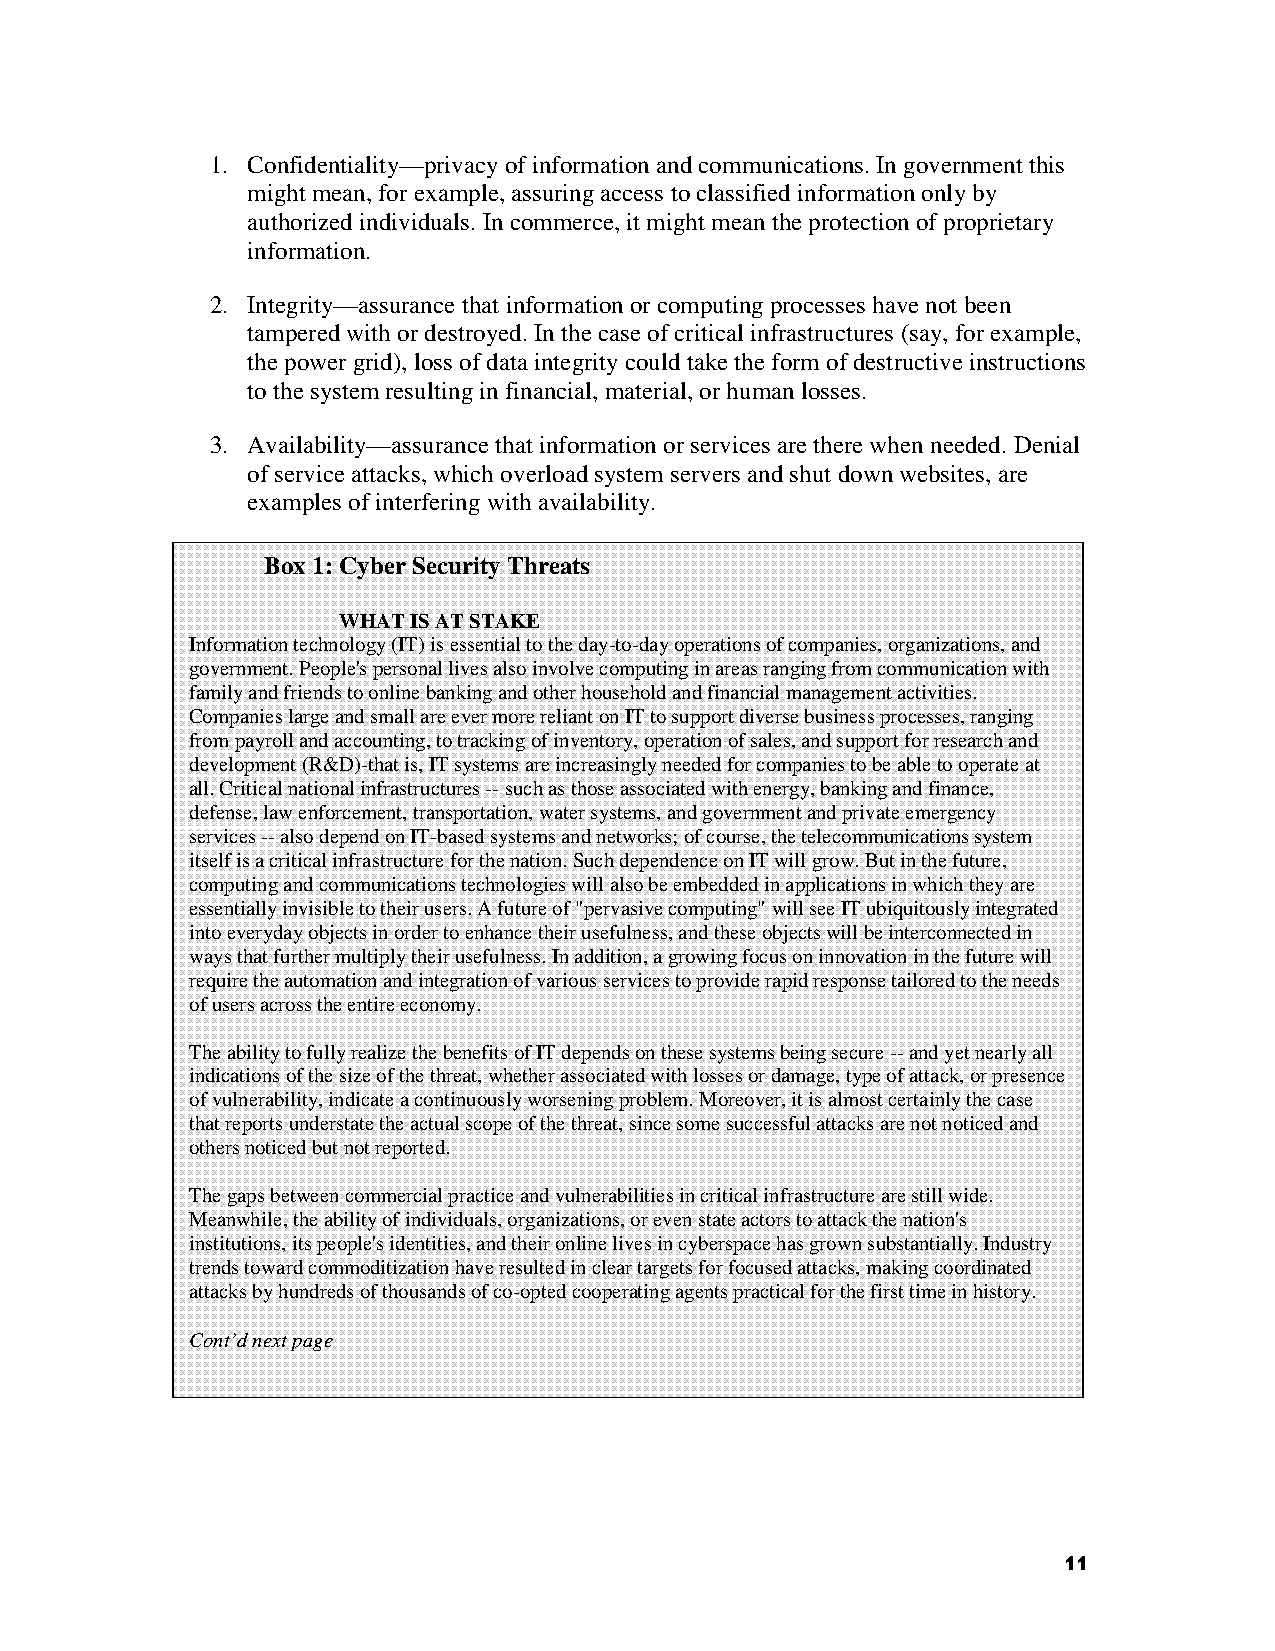
1. Confidentiality—privacy of information and communications. In government this
 might mean, for example, assuring access to classified information only by
 authorized individuals. In commerce, it might mean the protection of proprietary
 information.
 2. Integrity—assurance that information or computing processes have not been
 tampered with or destroyed. In the case of critical infrastructures (say, for example,
 the power grid), loss of data integrity could take the form of destructive instructions
 to the system resulting in financial, material, or human losses.
 3. Availability—assurance that information or services are there when needed. Denial
 of service attacks, which overload system servers and shut down websites, are
 examples of interfering with availability.
 Box 1: Cyber Security Threats
 WHAT IS AT STAKE
 Information technology (IT) is essential to the day-to-day operations of companies, organizations, and
 government. People's personal lives also involve computing in areas ranging from communication with
 family and friends to online banking and other household and financial management activities.
 Companies large and small are ever more reliant on IT to support diverse business processes, ranging
 from payroll and accounting, to tracking of inventory, operation of sales, and support for research and
 development (R&D)-that is, IT systems are increasingly needed for companies to be able to operate at
 all. Critical national infrastructures -- such as those associated with energy, banking and finance,
 defense, law enforcement, transportation, water systems, and government and private emergency
 services -- also depend on IT-based systems and networks; of course, the telecommunications system
 itself is a critical infrastructure for the nation. Such dependence on IT will grow. But in the future,
 computing and communications technologies will also be embedded in applications in which they are
 essentially invisible to their users. A future of "pervasive computing" will see IT ubiquitously integrated
 into everyday objects in order to enhance their usefulness, and these objects will be interconnected in
 ways that further multiply their usefulness. In addition, a growing focus on innovation in the future will
 require the automation and integration of various services to provide rapid response tailored to the needs
 of users across the entire economy.
 The ability to fully realize the benefits of IT depends on these systems being secure -- and yet nearly all
 indications of the size of the threat, whether associated with losses or damage, type of attack, or presence
 of vulnerability, indicate a continuously worsening problem. Moreover, it is almost certainly the case
 that reports understate the actual scope of the threat, since some successful attacks are not noticed and
 others noticed but not reported.
 The gaps between commercial practice and vulnerabilities in critical infrastructure are still wide.
 Meanwhile, the ability of individuals, organizations, or even state actors to attack the nation's
 institutions, its people's identities, and their online lives in cyberspace has grown substantially. Industry
 trends toward commoditization have resulted in clear targets for focused attacks, making coordinated
 attacks by hundreds of thousands of co-opted cooperating agents practical for the first time in history.
 Cont’d next page
 11